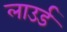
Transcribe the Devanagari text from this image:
लाउर्ड